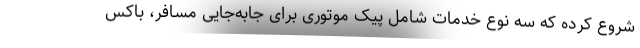
شروع کرده که سه نوع خدمات شامل پیک موتوری برای جابه‌جایی مسافر، باکس